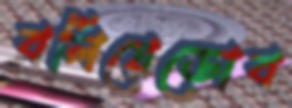
বলিয়েডোব